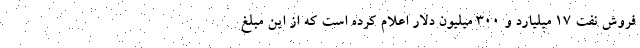
فروش نفت 17 میلیارد و 300 میلیون دلار اعلام کرده است که از این مبلغ